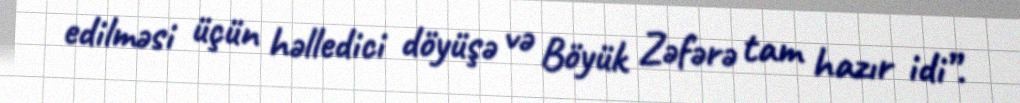
edilməsi üçün həlledici döyüşə və Böyük Zəfərə tam hazır idi”.